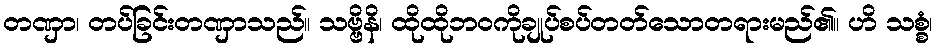
တဏှာ၊ တပ်ခြင်းတဏှာသည်။ သဗ္ဗိနိ၊ ထိုထိုဘဝကိုချုပ်စပ်တတ်သောတရားမည်၏။ ဟိ သစ္စံ၊